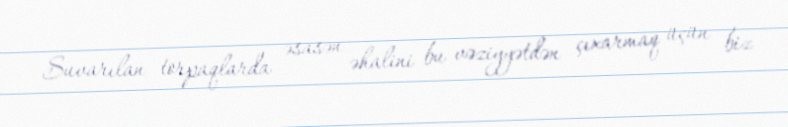
Suvarılan torpaqlarda əsasən əhalini bu vəziyyətdən çıxarmaq üçün biz